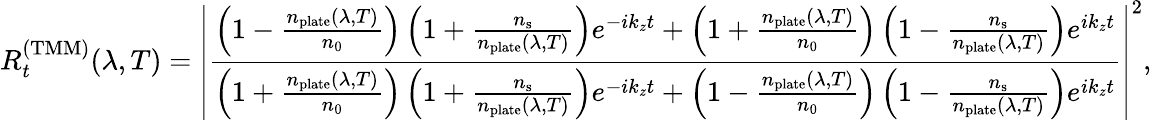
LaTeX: R_{t}^{\mathrm{(TMM)}}(\lambda,T)=\left|\frac{\left(1-\frac{n_{\mathrm{plate}}(\lambda,T)}{n_{0}}\right)\left(1+\frac{n_{\mathrm{s}}}{n_{\mathrm{plate}}(\lambda,T)}\right)e^{-ik_{z}t}+\left(1+\frac{n_{\mathrm{plate}}(\lambda,T)}{n_{0}}\right)\left(1-\frac{n_{\mathrm{s}}}{n_{\mathrm{plate}}(\lambda,T)}\right)e^{ik_{z}t}}{\left(1+\frac{n_{\mathrm{plate}}(\lambda,T)}{n_{0}}\right)\left(1+\frac{n_{\mathrm{s}}}{n_{\mathrm{plate}}(\lambda,T)}\right)e^{-ik_{z}t}+\left(1-\frac{n_{\mathrm{plate}}(\lambda,T)}{n_{0}}\right)\left(1-\frac{n_{\mathrm{s}}}{n_{\mathrm{plate}}(\lambda,T)}\right)e^{ik_{z}t}}\right|^{2},